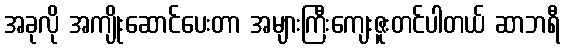
အခုလို အကျိုးဆောင်ပေးတာ အများကြီးကျေးဇူးတင်ပါတယ် ဆာဘရီ